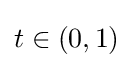
t\in \left(0,1\right)